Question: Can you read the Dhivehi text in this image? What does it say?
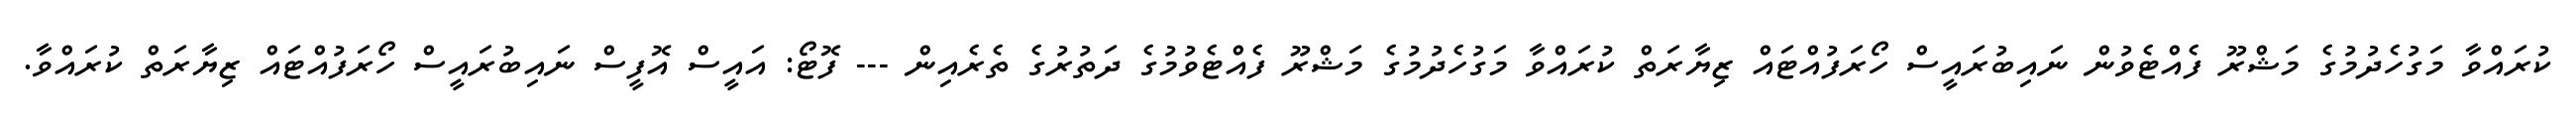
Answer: ކުރައްވާ މަގުހެދުމުގެ މަޝްރޫ ފެއްޓެވުން ނައިބުރައީސް ހޯރަފުއްޓައް ޒިޔާރަތް ކުރައްވާ މަގުހެދުމުގެ މަޝްރޫ ފެއްޓެވުމުގެ ދަތުރުގެ ތެރެއިން --- ފޮޓޯ: އައީސް އޮފީސް ނައިބުރައީސް ހޯރަފުއްޓައް ޒިޔާރަތް ކުރައްވާ.